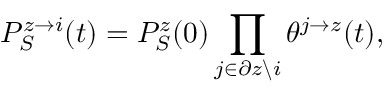
P _ { S } ^ { z \rightarrow i } ( t ) = P _ { S } ^ { z } ( 0 ) \prod _ { j \in \partial z \backslash i } \theta ^ { j \rightarrow z } ( t ) ,